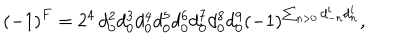
\left( - 1 \right) ^ { F } = 2 ^ { 4 } \, d _ { 0 } ^ { 2 } d _ { 0 } ^ { 3 } d _ { 0 } ^ { 4 } d _ { 0 } ^ { 5 } d _ { 0 } ^ { 6 } d _ { 0 } ^ { 7 } d _ { 0 } ^ { 8 } d _ { 0 } ^ { 9 } \left( - 1 \right) ^ { \sum _ { n > 0 } d _ { - n } ^ { i } d _ { n } ^ { i } } ,